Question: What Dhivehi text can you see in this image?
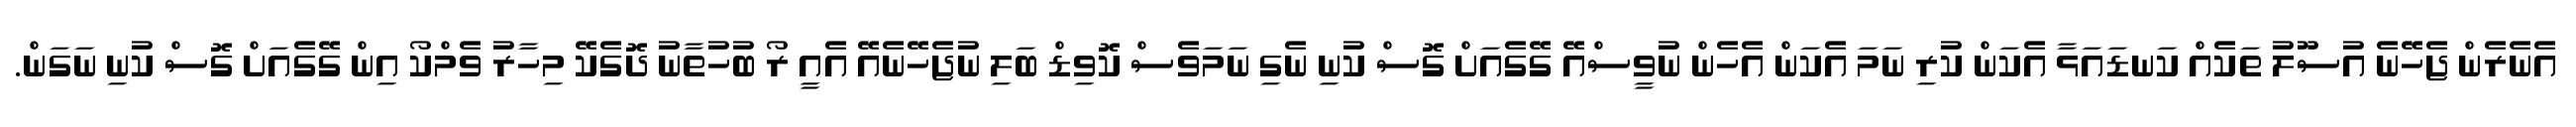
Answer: އެނެރެން ޖެހޭނެ އުސޫލު ތަކެއް ކަނޑައަޅާ އެކަން ކުރި ނަމަ އެކަން އެހެން ނުވީސްއޭ ގޭގެއަށް ގޮސް ކުނި ނެގި ނަމަވެސް ކޮވިޑް ބަލި ނުޖެހޭނެއޭ އެއީ ރޯ ބުހުތާނު ދޮގެކޭ މިހާރު ވެމްކޯ އިން ގޭގެއަށް ގޮސް ކުނި ނަގަން.